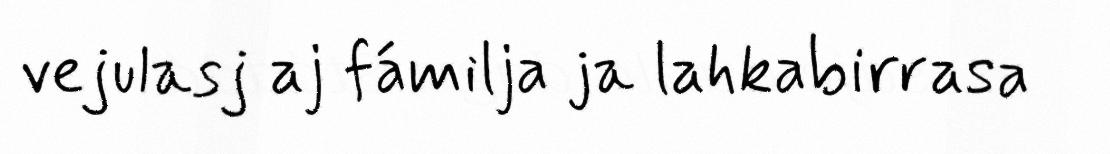
vejulasj aj fámilja ja lahkabirrasa